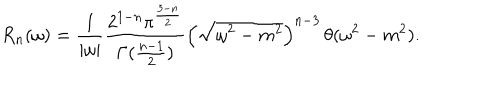
R _ { n } ( \omega ) = \frac { 1 } { | \omega | } \frac { 2 ^ { 1 - n } \pi ^ { \frac { 3 - n } { 2 } } } { \Gamma ( \frac { n - 1 } { 2 } ) } \left( \sqrt { \omega ^ { 2 } - m ^ { 2 } } \right) ^ { n - 3 } \, \theta ( \omega ^ { 2 } - m ^ { 2 } ) .